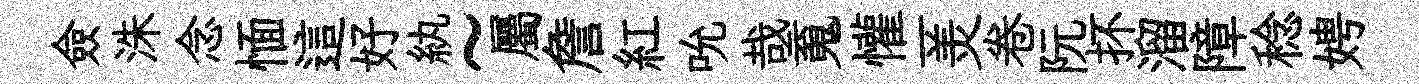
僉洙念愐這好紈~屬詹紅吮哉䰟懽一羙卷阮抔溜障稔娉